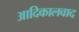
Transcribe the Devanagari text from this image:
आदिकालवाद